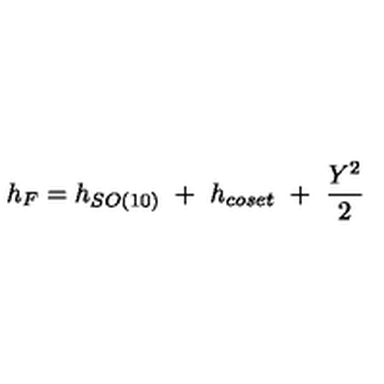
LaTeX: h _ { F } = h _ { S O ( 1 0 ) } \ + \ h _ { c o s e t } \ + \ { \frac { Y ^ { 2 } } { 2 } }